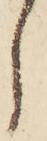
し